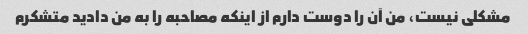
مشکلی نیست، من آن را دوست دارم از اینکه مصاحبه را به من دادید متشکرم